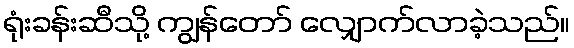
ရုံးခန်းဆီသို့ ကျွန်တော် လျှောက်လာခဲ့သည်။